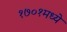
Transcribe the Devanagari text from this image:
१७०१मध्ये